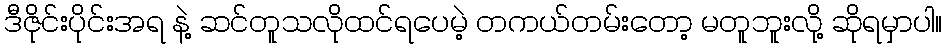
ဒီဇိုင်းပိုင်းအရ နဲ့ ဆင်တူသလိုထင်ရပေမဲ့ တကယ်တမ်းတော့ မတူဘူးလို့ ဆိုရမှာပါ။